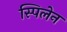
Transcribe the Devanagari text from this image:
स्पिलेन